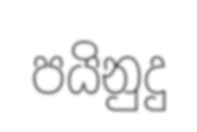
පයිනුදු